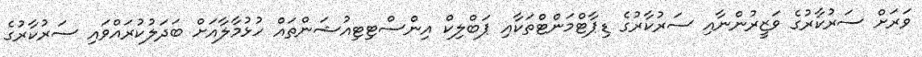
ވަރަށް ސަރުކާރުގެ ވަޒީރުންނާއި ސަރުކާރުގެ ޑިޕާޓްމަންޓްތަކާއި ޕަބްލިކް އިންސްޓިޓިއުޝަންތައް ހުޅުމާލާއަށް ބަދަލުކުރައްވައި ސަރުކާރުގެ